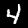
Digit: 4